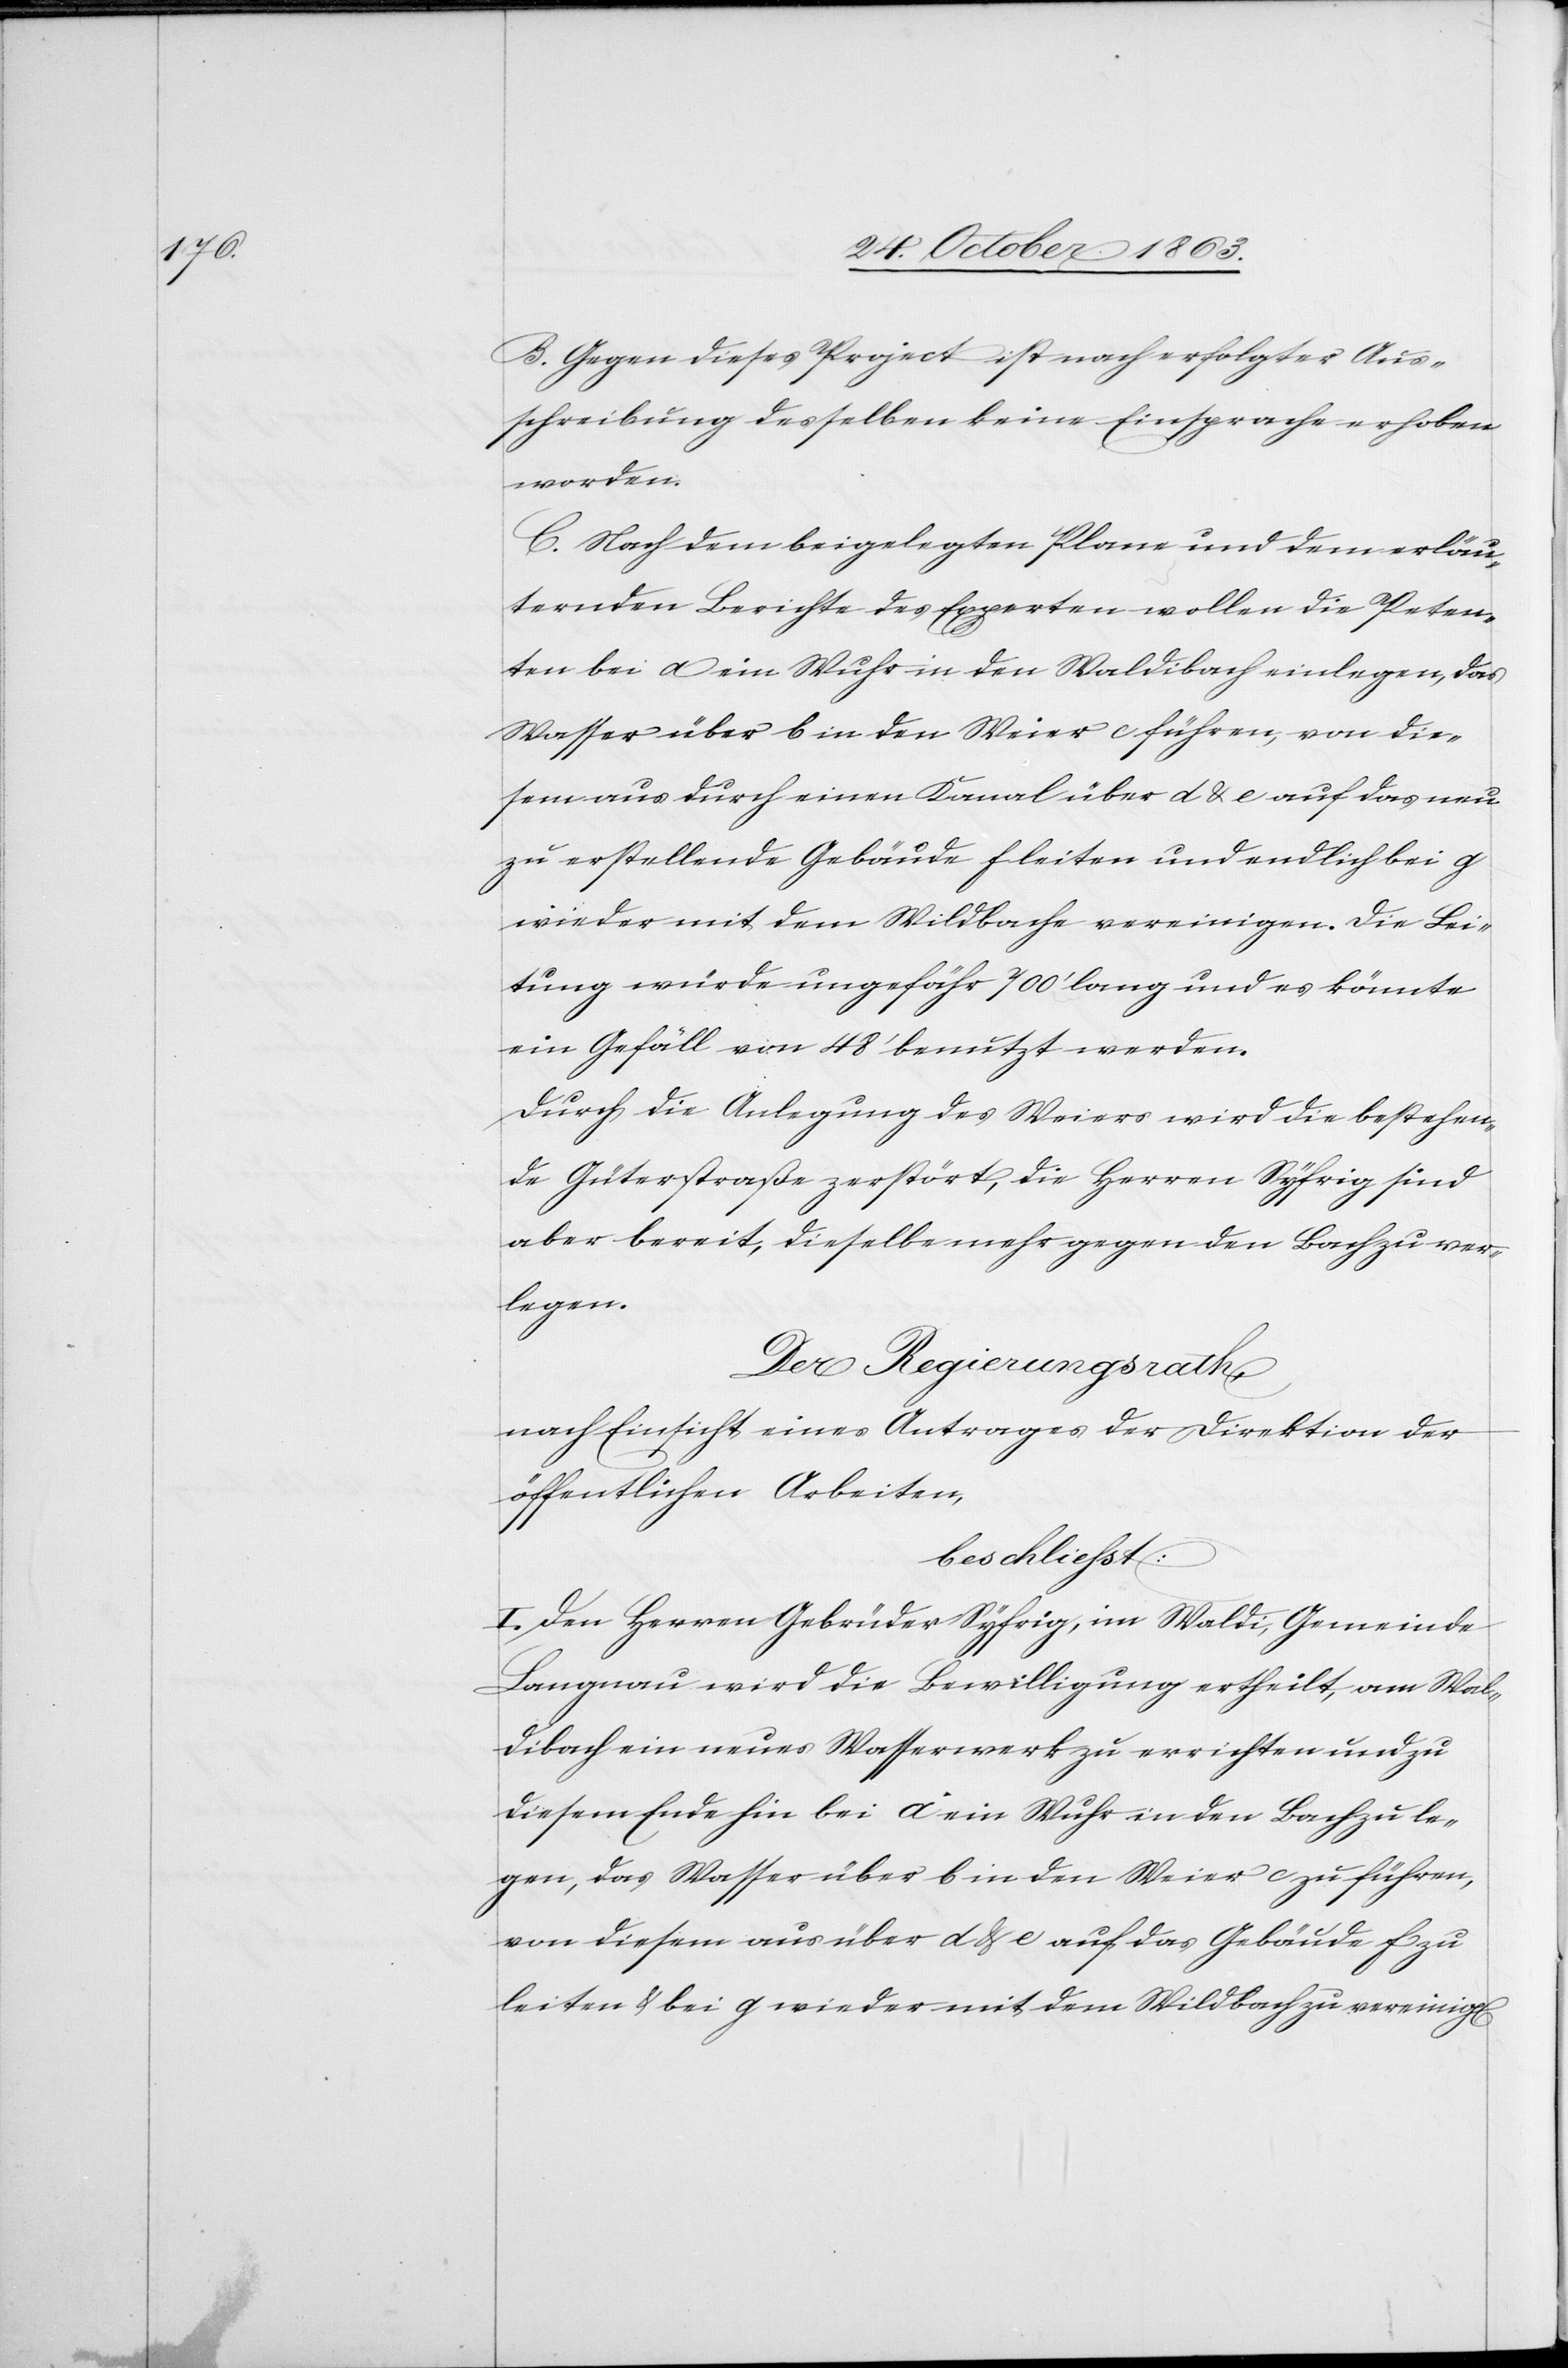
B. Gegen dieses Project ist nach erfolgter Aus¬
schreibung desselben keine Einsprache erhoben
worden.
C. Nach dem beigelegten Plane und dem erläu¬
ternden Berichte des Experten wollen die Peten¬
ten bei a ein Wuhr in den Waldibach einlegen, das
Wasser über b in den Weier c führen, von die¬
sem aus durch einen Kanal über d & e auf das neu
zu erstellende Gebäude f leiten und endlich bei g
wieder mit dem Wildbache vereinigen. Die Lei¬
tung würde ungefähr 700' lang und es könnte
ein Gefäll von 48' benutzt werden.
Durch die Anlegung des Weiers wird die bestehen¬
de Güterstraße zerstört, die Herren Syfrig sind
aber bereit, dieselbe mehr gegen den Bach zu ver¬
legen.
Der Regierungsrath,
nach Einsicht eines Antrages der Direktion der
öffentlichen Arbeiten,
beschliesst:
I. Den Herren Gebrüder Syfrig, im Waldi, Gemeinde
Langnau wird die Bewilligung ertheilt, am Wal¬
dibach ein neues Wasserwerk zu errichten und zu
diesem Ende hin bei a ein Wuhr in den Bach zu le¬
gen, das Wasser über b in den Weier c zu führen,
von diesem aus über d & e auf das Gebäude f zu
leiten & bei g wieder mit dem Wildbach zu vereinig[en]